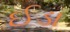
ઈડા